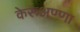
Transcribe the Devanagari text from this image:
केरूअण्णा